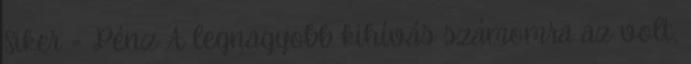
Siker = Pénz A legnagyobb kihívás számomra az volt,